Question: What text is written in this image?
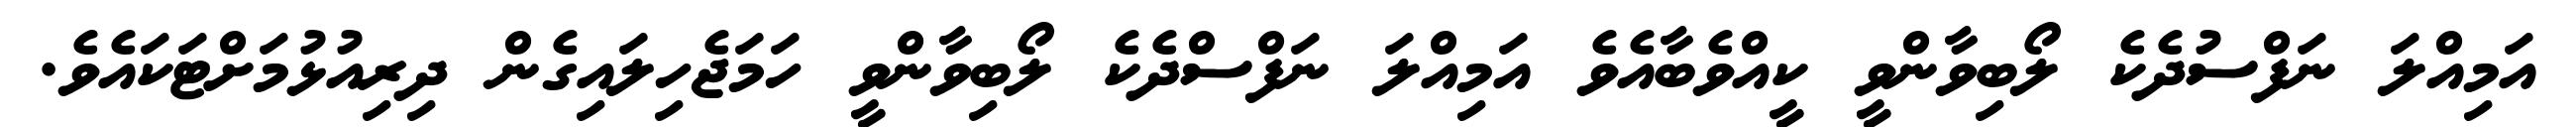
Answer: އަމިއްލަ ނަފްސުދެކެ ލޯބިވާންވީ ކީއްވެބާއެވެ އަމިއްލަ ނަފްސްދެކެ ލޯބިވާންވީ ހަމަޖެހިލައިގެން ދިރިއުޅުމަށްޓަކައެވެ.